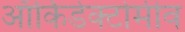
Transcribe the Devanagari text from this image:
ऑर्किडेक्टोमीव